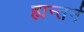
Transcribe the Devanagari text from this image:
ह्यन्तर्न